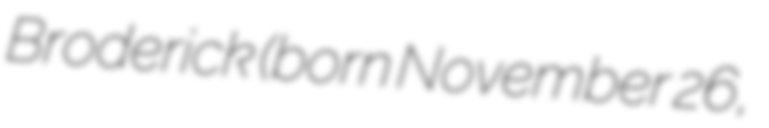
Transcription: Broderick (born November 26,